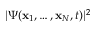
| \Psi ( { \bf x } _ { 1 } , \ldots , { \bf x } _ { N } , t ) | ^ { 2 }